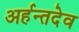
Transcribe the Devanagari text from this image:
अर्हन्तदेव